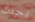
يحدث